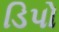
ડિપો